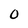
Character: O